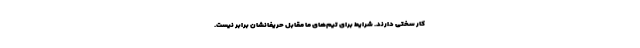
کار سختی دارند. شرایط برای تیم‌های ما مقابل حریفانشان برابر نیست.